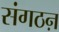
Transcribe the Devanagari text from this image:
संगठऩ